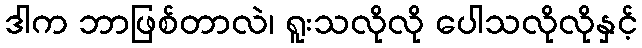
ဒါက ဘာဖြစ်တာလဲ၊ ရူးသလိုလို ပေါသလိုလိုနှင့်